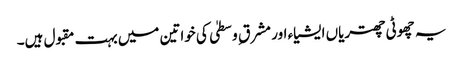
یہ چھوٹی چھتریاں ایشیاء اور مشرق ِ وسطیٰ کی خواتین میں بہت مقبول ہیں۔